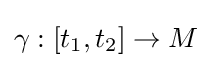
\gamma :[t_{1},t_{2}]\to M